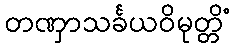
တဏှာသင်္ခယဝိမုတ္တိံ